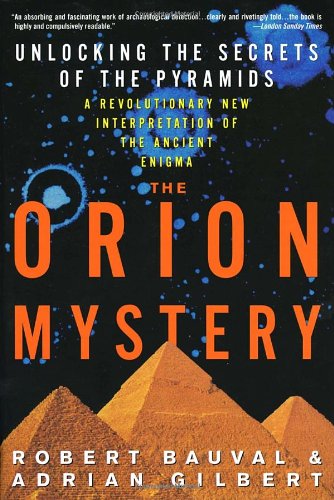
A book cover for The Orion Mystery: Unlocking the Secrets of the Pyramids; Robert Bauval; History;